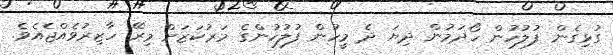
ގުޅިގެން ފުލުހުން ހޯދަމުން ދިޔަ ދެ މީހުން ފުލުހުންގެ މަރުކަޒަށް މިރޭ ހާޒިރުވެއްޖެއެވެ.